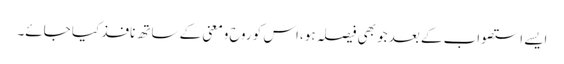
ایسے استصواب کے بعد جو بھی فیصلہ ہو،اس کو روح ومعنی کے ساتھ نافذ کیا جائے۔